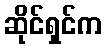
ဆိုင်ရှင်က